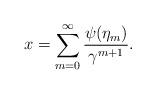
LaTeX: \begin{align*}x=\sum_{m=0}^\infty\frac{\psi(\eta_m)}{\gamma^{m+1}}.\end{align*}